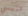
تريسي